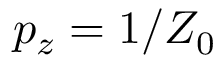
p _ { z } = 1 / Z _ { 0 }